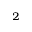
^ 2